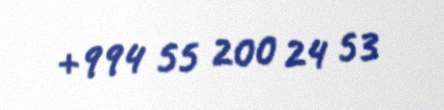
+994 55 200 24 53